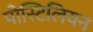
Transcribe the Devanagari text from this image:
पोस्टिलियन